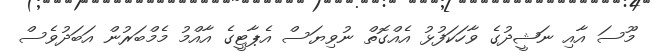
މޫސަ އާއި ނަޝީދުގެ ވާހަކަފުޅު އެއްގޮތް ނުވިޔަސް އެޕާޓީގެ އާއްމު މެމްބަރުން އަބަދުވެސް